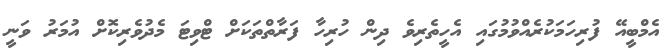
އެމްބީއޭ ފުރިހަމަކުރެއްވުމުގައި އެހީތެރިވެ ދިން ހުރިހާ ފަރާތްތަކަށް ޓްވިޓަ މެދުވެރިކޮށް އުމަރު ވަނީ